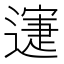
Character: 𨖋